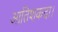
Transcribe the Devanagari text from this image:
आतिशकदा।